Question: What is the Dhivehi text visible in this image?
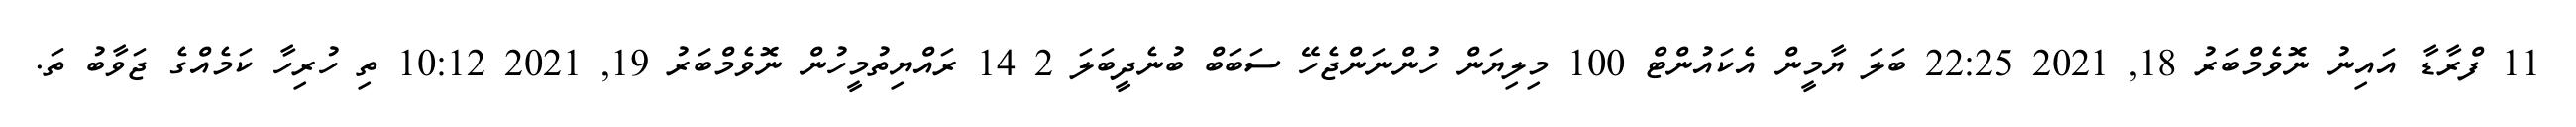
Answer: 11 ފްރާޑާ އައިނު ނޮވެމްބަރު 18, 2021 22:25 ބަލަ ޔާމީން އެކައުންޓް 100 މިލިޔަން ހުންނަންޖެހޭ ސަބަބް ބުނެދީބަލަ 2 14 ރައްޔިތުމީހުން ނޮވެމްބަރު 19, 2021 10:12 ތި ހުރިހާ ކަމެއްގެ ޖަވާބު ތަ.